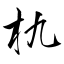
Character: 朹